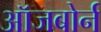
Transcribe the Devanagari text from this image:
ऑजबोर्न